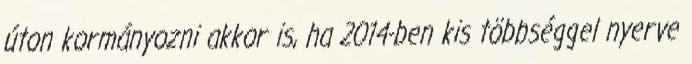
úton kormányozni akkor is, ha 2014-ben kis többséggel nyerve